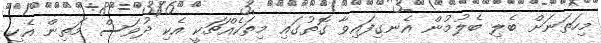
މިހަތަނަށް ބެލި ބެލުމުން އެނގިފައިވާ ގޮތުގައި މިތަކެއްޗަކީ އެކި ދުވަސް މަތިން އެކި